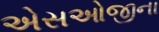
એસઓજીના